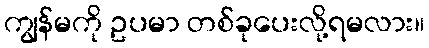
ကျွန်မကို ဥပမာ တစ်ခုပေးလို့ရမလား။